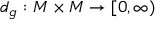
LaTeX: d _ { g } : M \times M \to [ 0 , \infty )